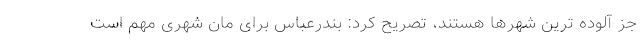
جز آلوده ترین شهرها هستند، تصریح کرد: بندرعباس برای مان شهری مهم است